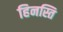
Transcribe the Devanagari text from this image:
हिनस्ति